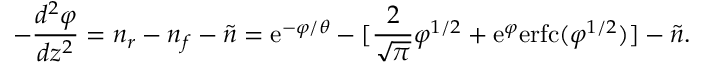
- { \frac { d ^ { 2 } \varphi } { d z ^ { 2 } } } = n _ { r } - n _ { f } - \tilde { n } = \mathrm { e } ^ { - \varphi / \theta } - [ { \frac { 2 } { \sqrt { \pi } } } \varphi ^ { 1 / 2 } + \mathrm { e } ^ { \varphi } \mathrm { e r f c } ( \varphi ^ { 1 / 2 } ) ] - \tilde { n } .